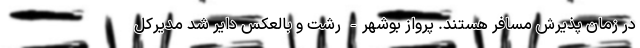
در زمان پذیرش مسافر هستند. پرواز بوشهر- رشت و بالعکس دایر شد مدیرکل